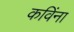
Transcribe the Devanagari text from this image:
कविंना